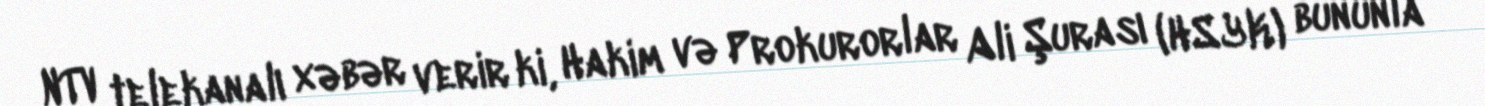
NTV telekanalı xəbər verir ki, Hakim və Prokurorlar Ali Şurası (HSYK) bununla